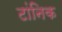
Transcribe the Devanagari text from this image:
टांनिक